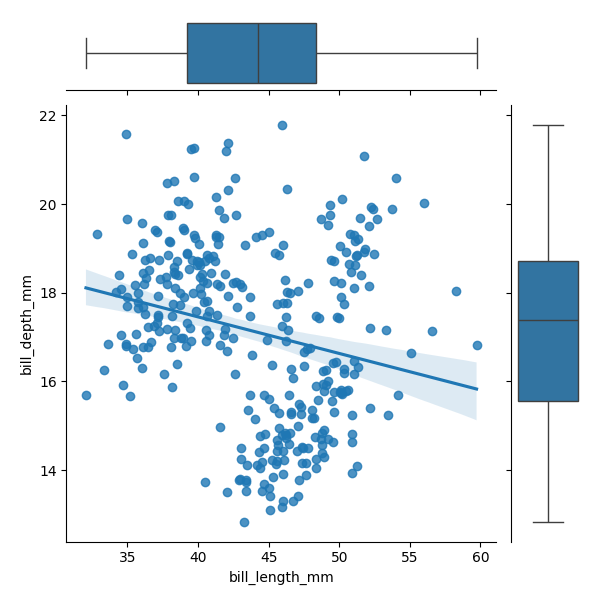
python, seaborn, JointGrid, regplot, boxplot